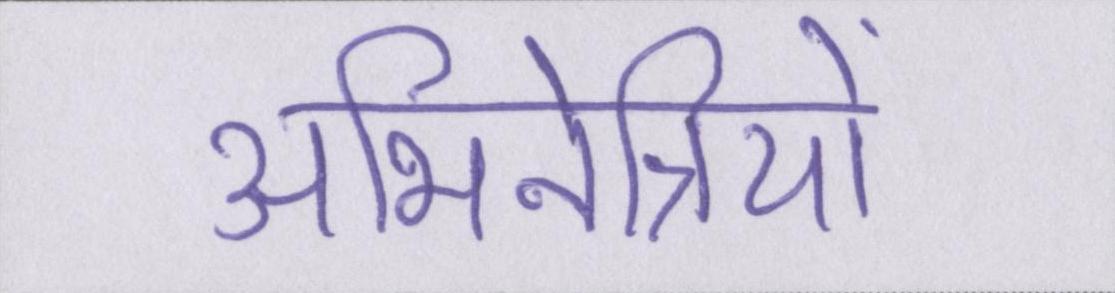
अभिनेत्रियों